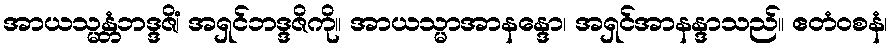
အာယသ္မန္တံဘဒ္ဒဇိံ၊ အရှင်ဘဒ္ဒဇိကို။ အာယသ္မာအာနန္ဒော၊ အရှင်အာနန္ဒာသည်။ ဧတံဝစနံ၊